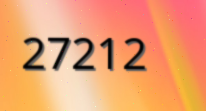
27212